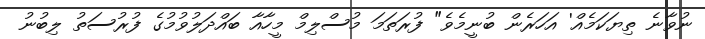
ނުވާނެ ތިޔަކަމެއް' އަހަރެން ބުނީމެވެ" ފުރަތަމަ މުސްލިމް މީހާއާ ބައްދަލުވުމުގެ ފުރުސަތު ލިބުނު